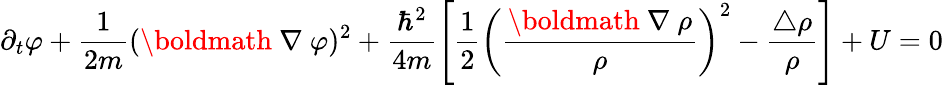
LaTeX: \partial_{t}\varphi+\frac{1}{2m}({\mathrm{\boldmath~\nabla~}}\varphi)^{2}+\frac{\hbar^{2}}{4m}\left[\frac{1}{2}\left(\frac{{\mathrm{\boldmath~\nabla~}}\rho}{\rho}\right)^{2}-\frac{\triangle\rho}{\rho}\right]+U=0